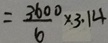
= \frac { 3 6 0 0 } { 6 } \times 3 . 1 4